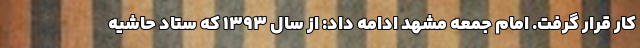
کار قرار گرفت. امام جمعه مشهد ادامه داد: از سال ۱۳۹۳ که ستاد حاشیه